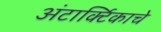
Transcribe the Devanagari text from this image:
अंटार्क्टिकाचे